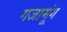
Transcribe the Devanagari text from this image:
गजामूंग